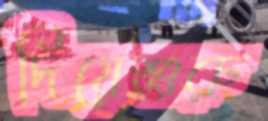
দিয়েশুরু